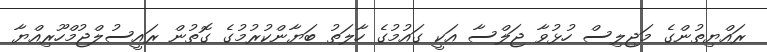
ރައްޔިތުންގެ މަޖިލިސް ހުޅުވާ ޖަލްސާ އަކީ ގައުމުގެ ހާލަތު ބަޔާންކުރުމުގެ ގޮތުން ރައީސުލްޖުމްހޫރިއްޔާ